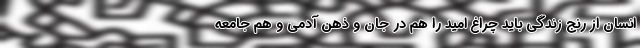
انسان از رنج زندگی باید چراغ امید را هم در جان و ذهن آدمی و هم جامعه